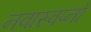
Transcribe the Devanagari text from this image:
नवास्वप्नो